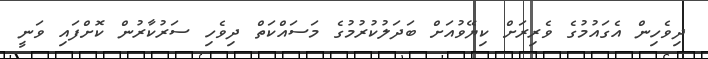
ދިވެހިން އެގައުމުގެ ވެރިރަށް ކިޔޭވުއަށް ބަދަލުކުރުމުގެ މަސައްކަތް ދިވެހި ސަރުކާރުން ކޮށްފައި ވަނީ